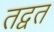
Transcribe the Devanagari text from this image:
तद्वत